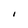
Character: I